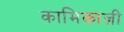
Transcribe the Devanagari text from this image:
कामिकाज़ी